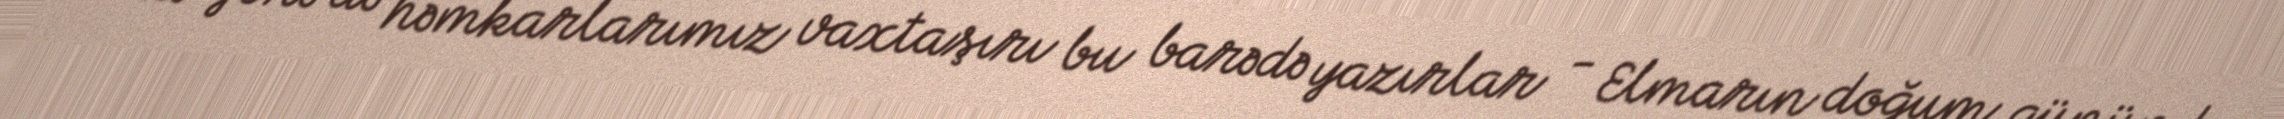
Ona görə də həmkarlarımız vaxtaşırı bu barədə yazırlar - Elmarın doğum günündə